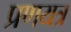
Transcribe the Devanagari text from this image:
प्रणयत्र